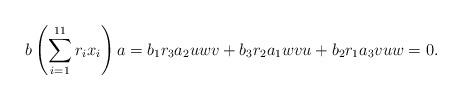
LaTeX: \begin{align*}b\left(\sum_{i=1}^{11}r_ix_i\right)a=b_1r_3a_2uwv+b_3r_2a_1wvu+b_2r_1a_3vuw=0.\end{align*}